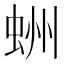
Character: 𧋀